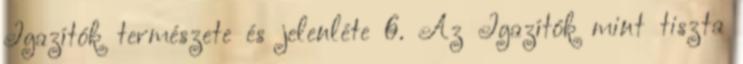
Igazítók természete és jelenléte 6. Az Igazítók mint tiszta